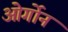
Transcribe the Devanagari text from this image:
ओर्गोन